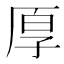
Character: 𫝗